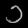
Digit: ၁